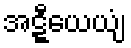
အဋ္ဋီယေယျံ